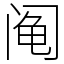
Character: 阄